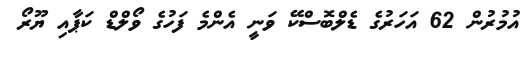
އުމުރުން 62 އަހަރުގެ ޑެލްބޮސްކޭ ވަނީ އެންމެ ފަހުގެ ވޯލްޑް ކަޕާއި ޔޫރޯ